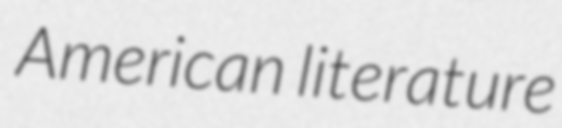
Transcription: American literature